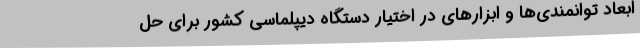
ابعاد توانمندی‌ها و ابزارهای در اختیار دستگاه دیپلماسی کشور برای حل